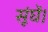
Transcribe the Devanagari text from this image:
सूंघें।